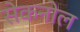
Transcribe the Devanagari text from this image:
सेकनोल